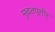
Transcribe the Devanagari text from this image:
मुदतपूतीर्